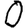
Digit: 0